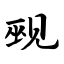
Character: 觋